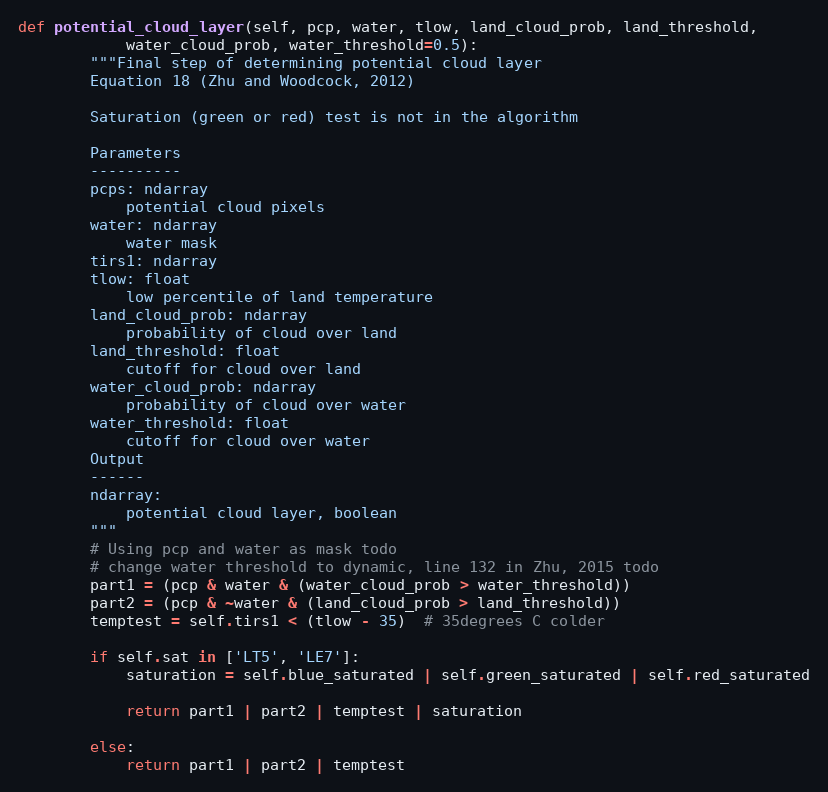
Language: Python
def potential_cloud_layer(self, pcp, water, tlow, land_cloud_prob, land_threshold,
            water_cloud_prob, water_threshold=0.5):
        """Final step of determining potential cloud layer
        Equation 18 (Zhu and Woodcock, 2012)

        Saturation (green or red) test is not in the algorithm

        Parameters
        ----------
        pcps: ndarray
            potential cloud pixels
        water: ndarray
            water mask
        tirs1: ndarray
        tlow: float
            low percentile of land temperature
        land_cloud_prob: ndarray
            probability of cloud over land
        land_threshold: float
            cutoff for cloud over land
        water_cloud_prob: ndarray
            probability of cloud over water
        water_threshold: float
            cutoff for cloud over water
        Output
        ------
        ndarray:
            potential cloud layer, boolean
        """
        # Using pcp and water as mask todo
        # change water threshold to dynamic, line 132 in Zhu, 2015 todo
        part1 = (pcp & water & (water_cloud_prob > water_threshold))
        part2 = (pcp & ~water & (land_cloud_prob > land_threshold))
        temptest = self.tirs1 < (tlow - 35)  # 35degrees C colder

        if self.sat in ['LT5', 'LE7']:
            saturation = self.blue_saturated | self.green_saturated | self.red_saturated

            return part1 | part2 | temptest | saturation

        else:
            return part1 | part2 | temptest